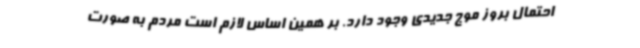
احتمال بروز موج جدیدی وجود دارد. بر همین اساس لازم است مردم به صورت